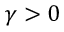
\gamma > 0